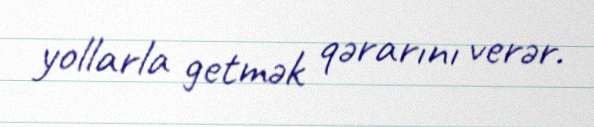
yollarla getmək qərarını verər.